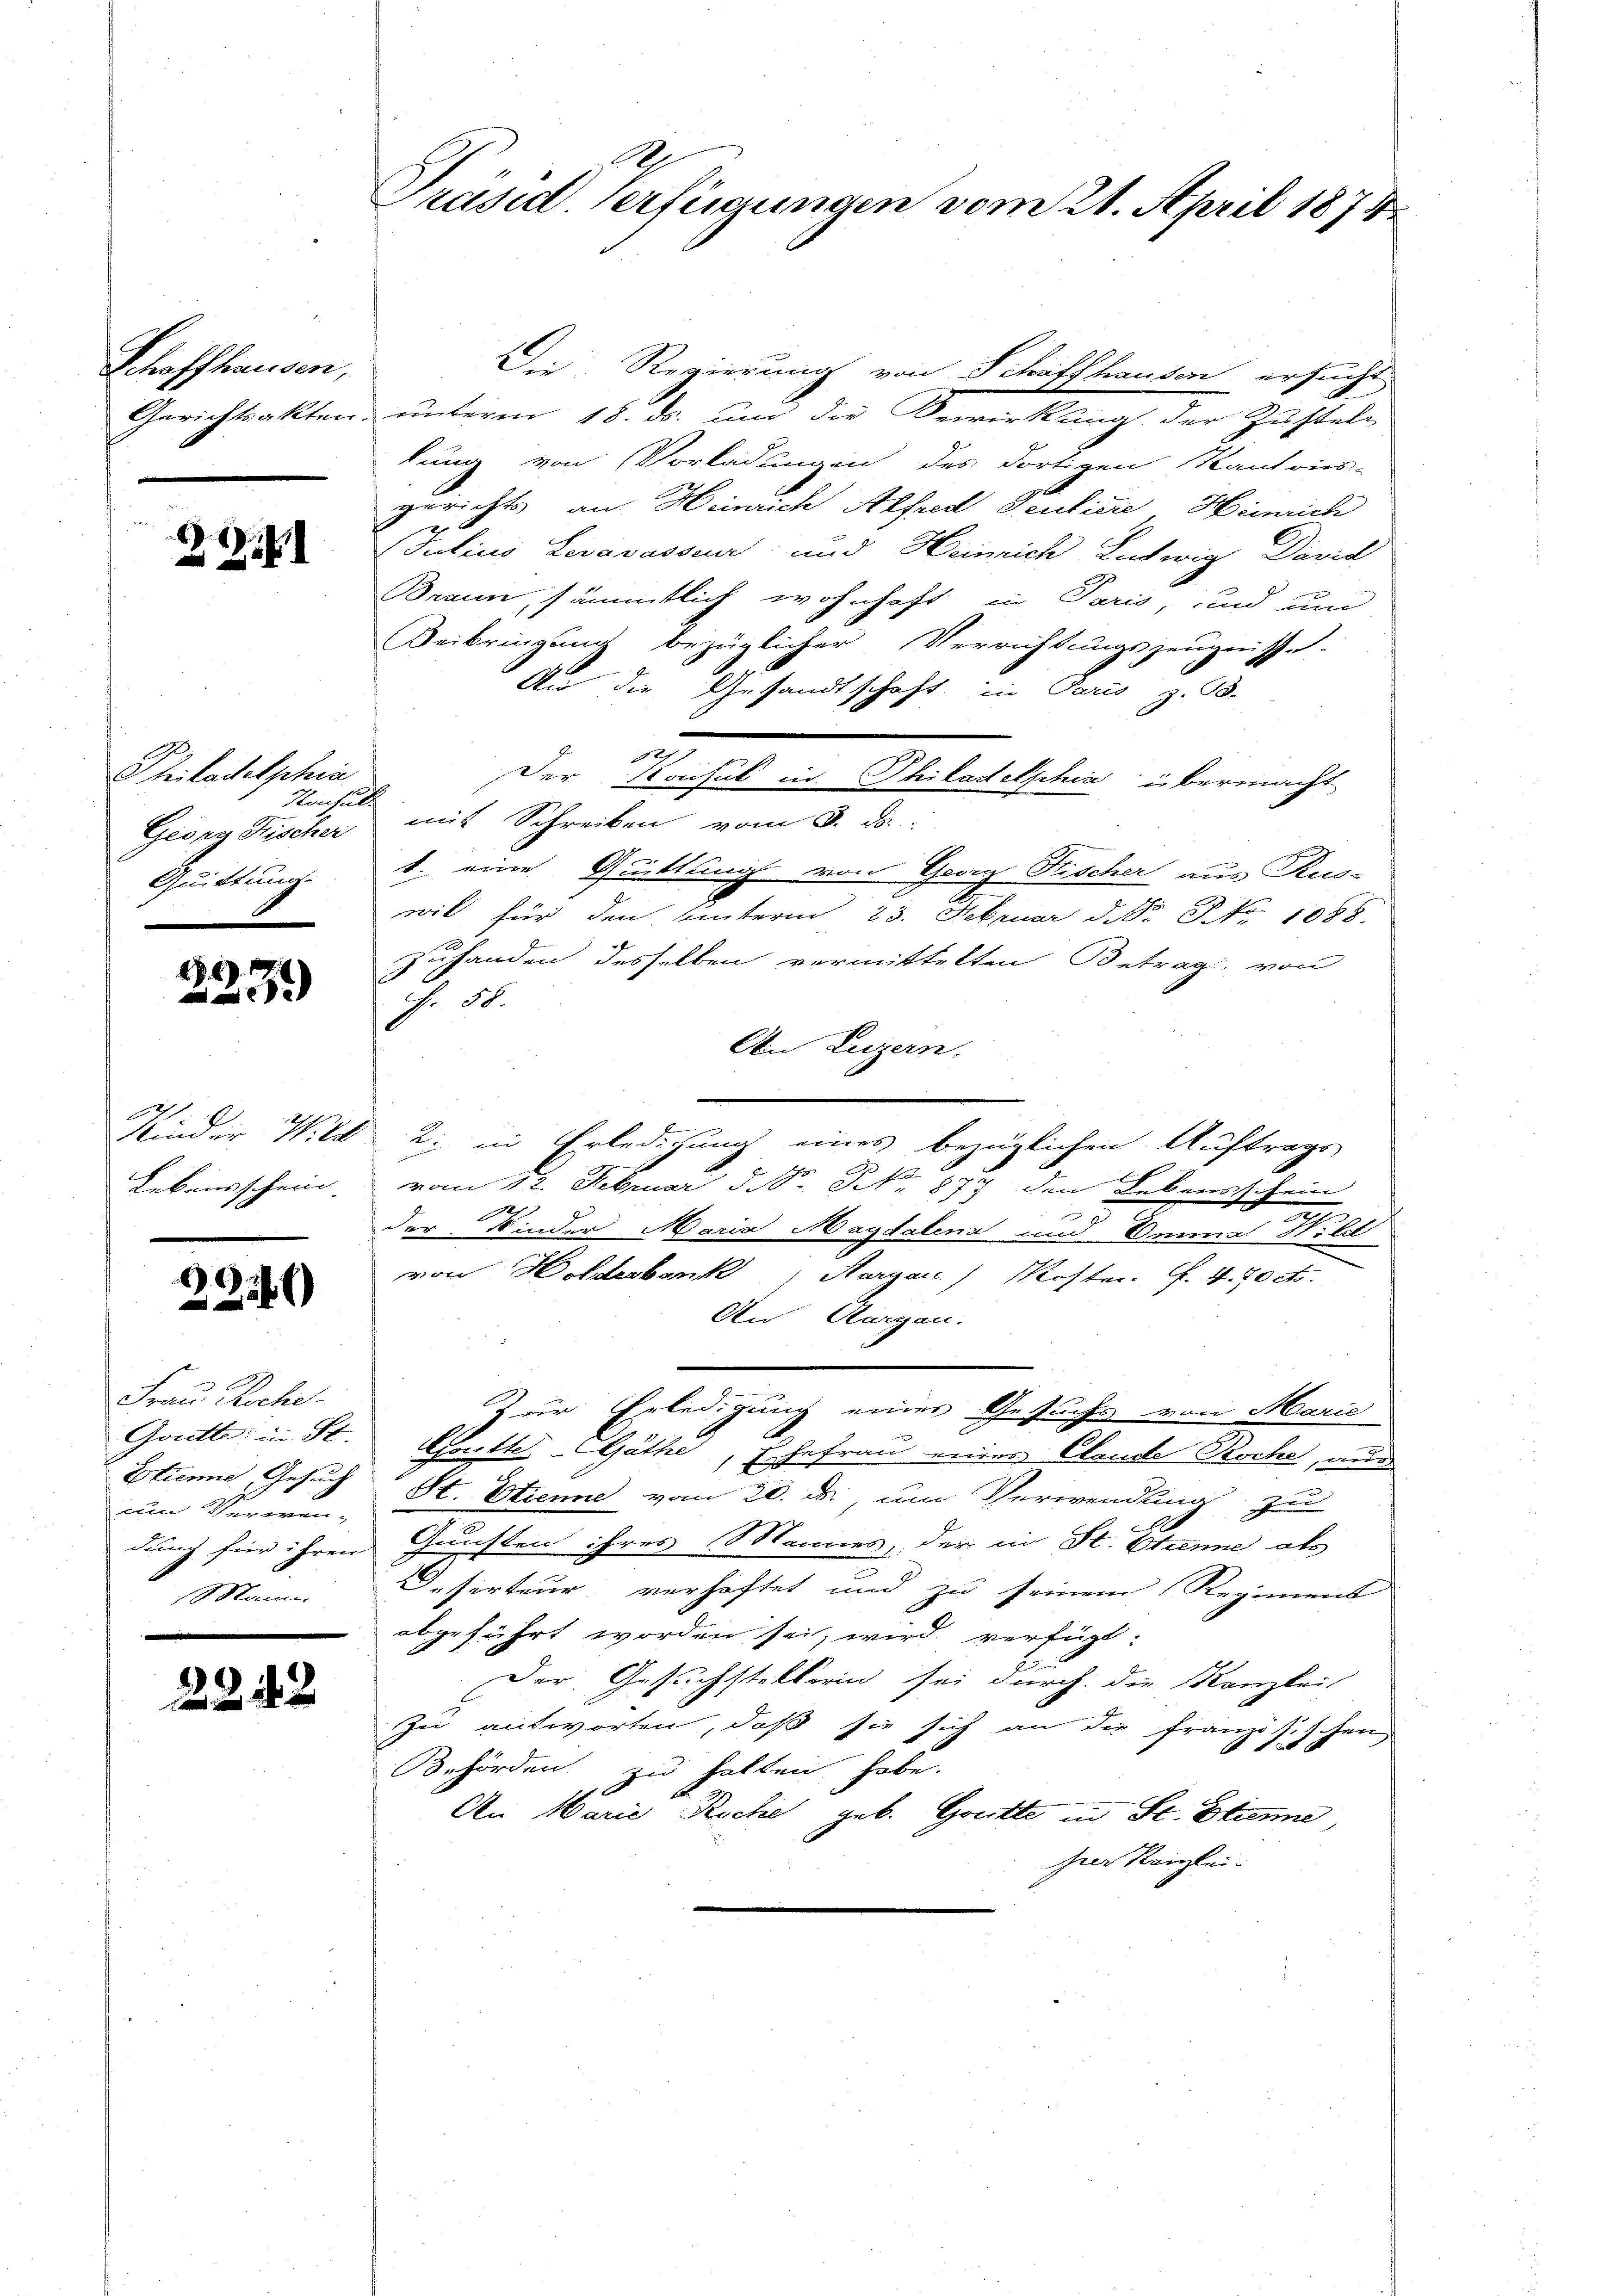
Schaffhausen,

221

Philadelphia
Konsulti
Georg Fischer
Quittung

28. 69. 17
c

2
Lebensschein.

22540

Frau Reche
um Verwen-
Mann

2242

Präsid. Verfügungen vom 21. April 1874

Die Regierung von Schaffhausen ersucht
Gerichtsakten, unterm 18. ds. und die Bewirkung der Zustellung von Vorladungen des dortigen Kantons-
gerichts an Heinrich Alfred Sculiere Heinrich
Julius Levavasseur und Heinrich Ludwig David
Braun, sämmtlich wohnhaft in Paris, und um
Beibringung bezüglicher Verrichtungszeugnisse
An die Gesandtschaft in Paris, z. B.
2
Der Konsul in Philadelphia übermacht
mit Schreiben vom 8. d.
1. eine Quittung von Graz Fischer aus Ku-
wil für den Unterm 23. Februar d. No. No 1088.

zuhanden desselben vermittelten Betrag von
f. 58.
An Luzern.
Kinder Wild 2: in Erledigung eines bezüglichen Auftrags
vom 12. Februar d. S. N. 873 den Lebensschein
.
der Kinder Maria Magdalena und Emma Hild
von Holderbank, Aargare Kosten. G. 4. 70 cts.
An Aargau.
Zur Erledigung eines Gesuchs von Marie
Goutte in St. Gottes Göthe, Ehefrau eines Elende Roche, aus
Etienne, Gesuch St. Etienne vom 20. ds., um Verwendung zu
dung für ihren Gunsten ihres Mannes, der in St. Etienne als
Desirteur verhaftet und zu seinem Regiment
abgeführt worden sei, wird verfügt:
E
Der Gesuchstellerin sei durch die Kanzlei
zu antworten, daß sie sich an die Französischen
Behörden zu halten habe.
An Marie Riche geb. Gotte in St. Etienne
heer Reizkei-